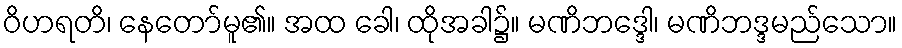
ဝိဟရတိ၊ နေတော်မူ၏။ အထ ခေါ၊ ထိုအခါ၌။ မဏိဘဒ္ဒေါ၊ မဏိဘဒ္ဒမည်သော။